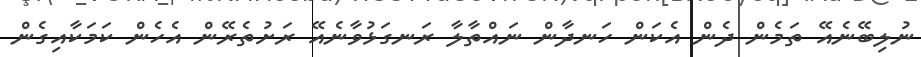
ނުލިބޭނެއޭ ތަމެން ދެން އެކަން ހަނދާން ނައްތާލާ ރަނގަޅުވާނެއޭ ރަށުތެރޭން އެހެން ކަމަކާއިގެން